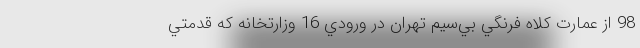
98 از عمارت كلاه فرنگي بي‌سيم تهران در ورودي 16 وزارتخانه كه قدمتي